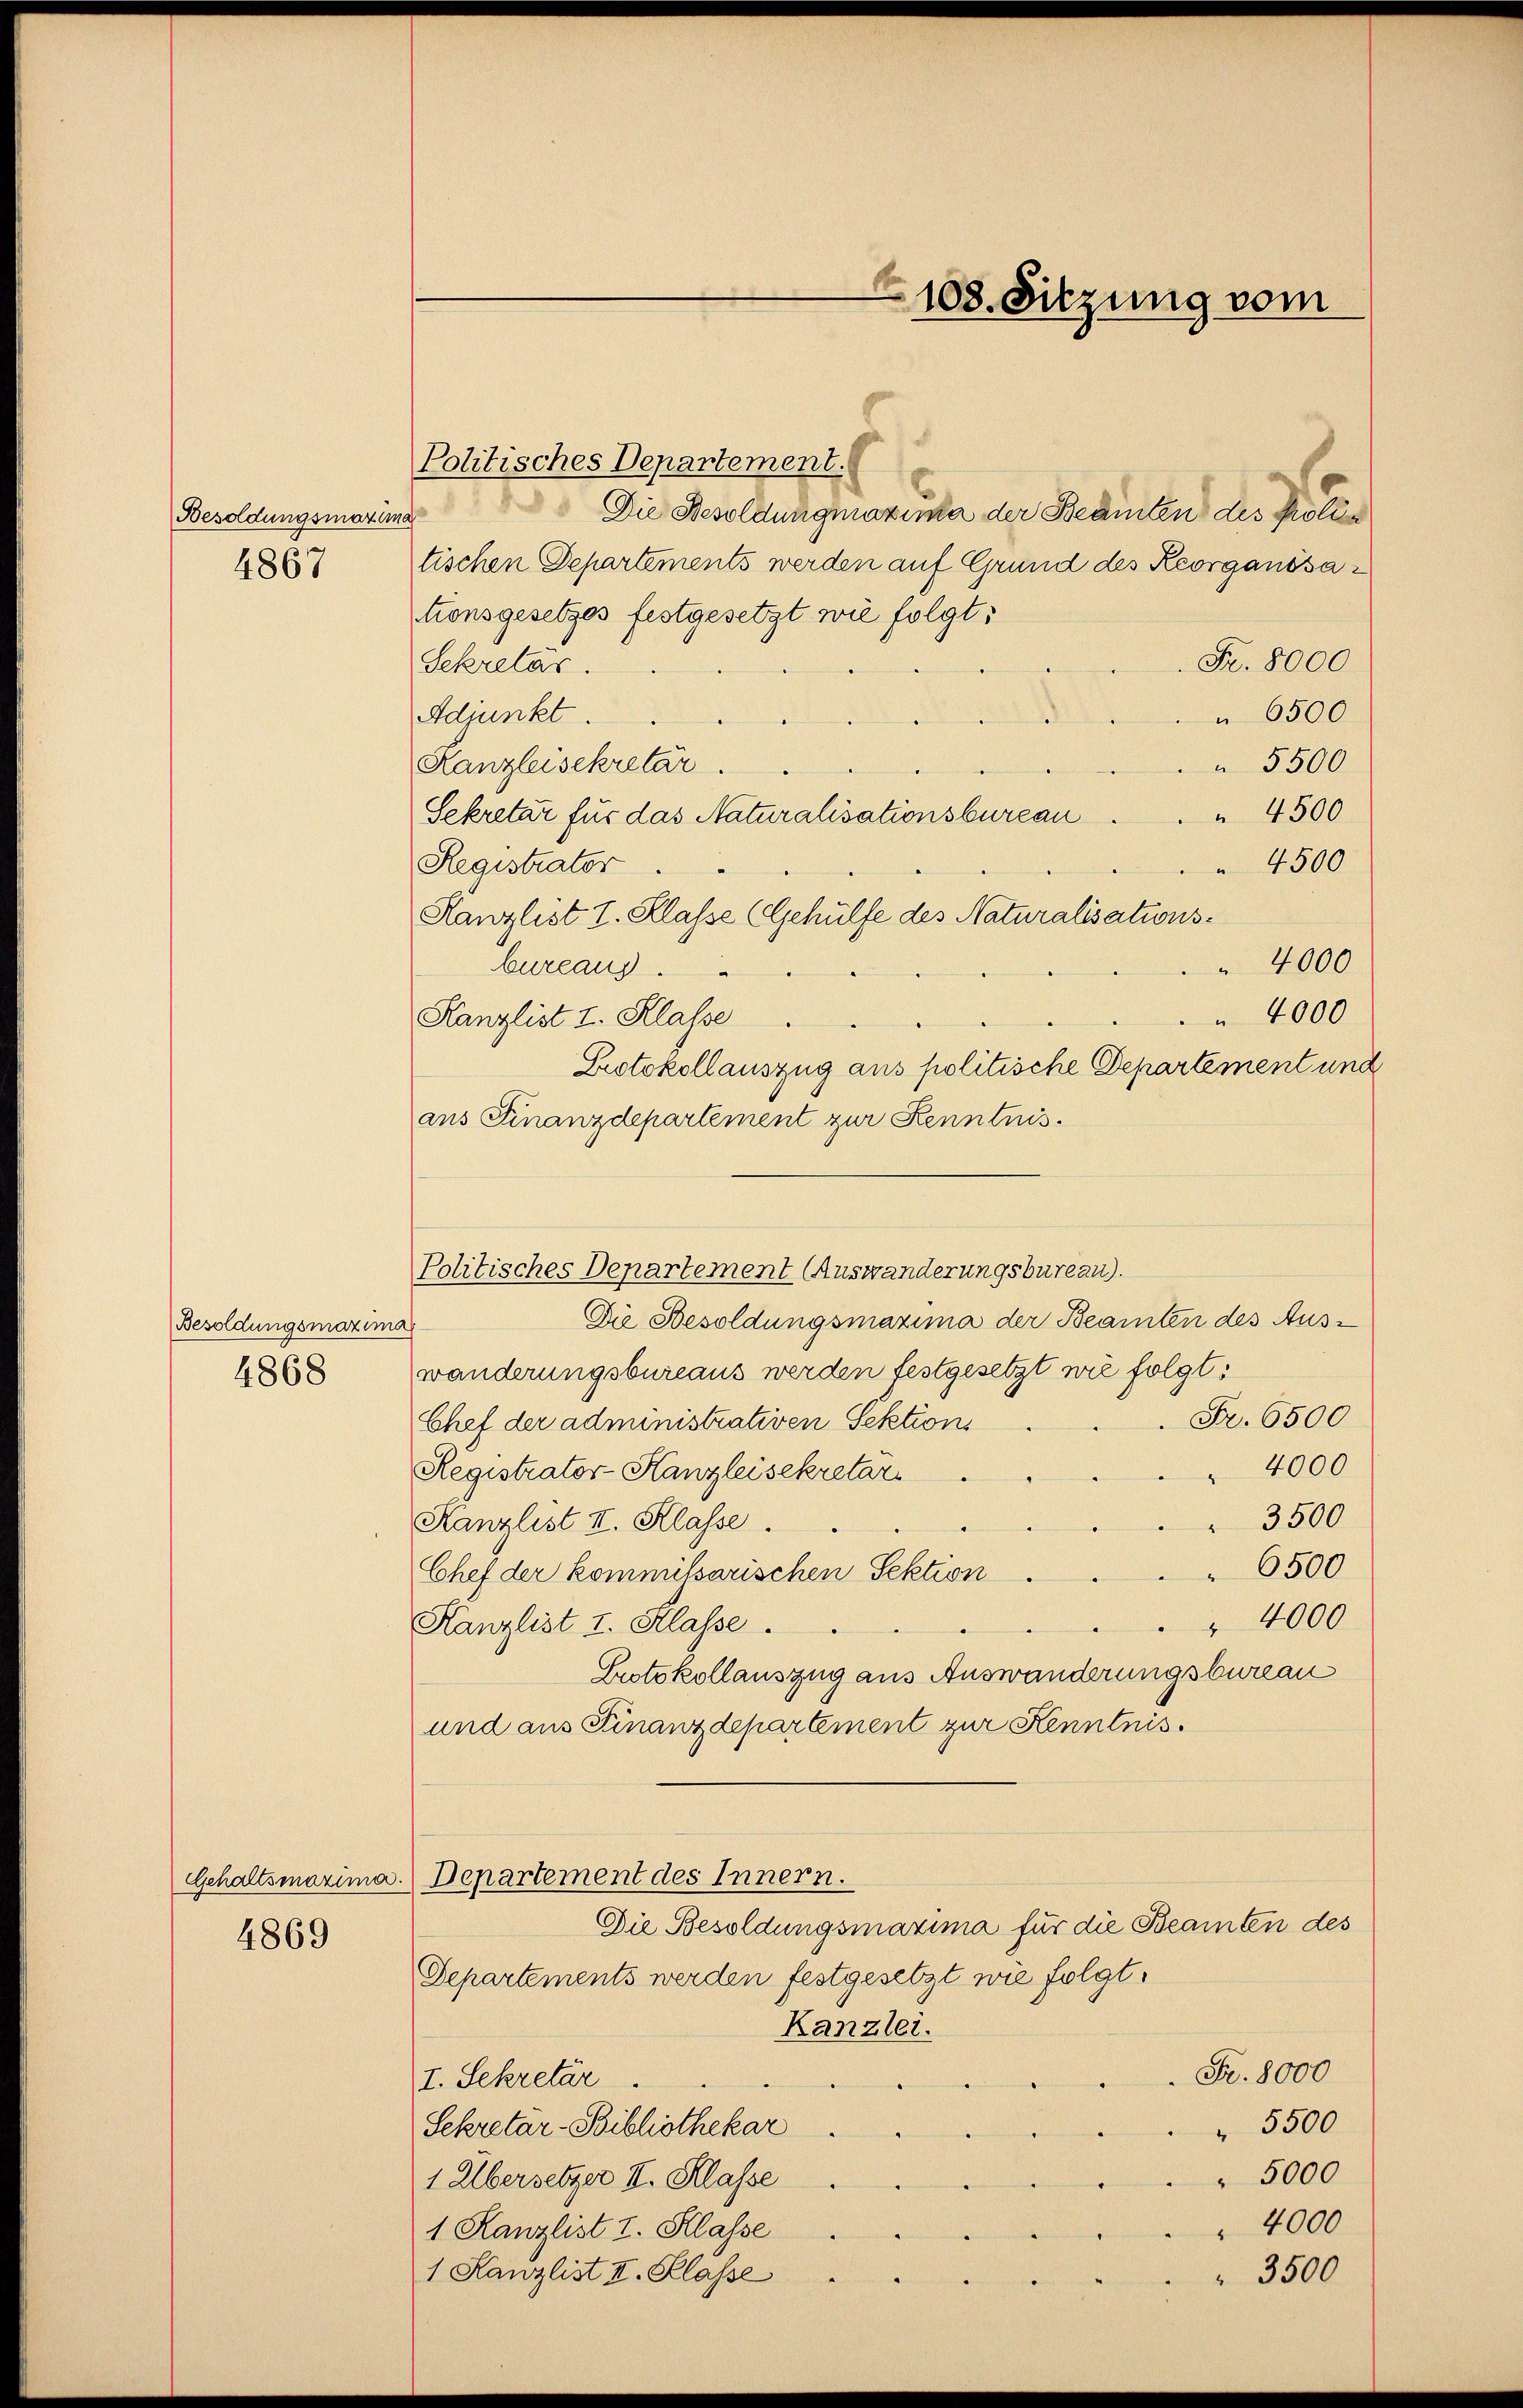
Besoldungsmaxima
4867

Besoldungsmaxima
4868

4869

g
Politisches Departement.
Die Besoldungmaxima der Beamten des Kolle
tischen Departements werden auf Grund des Reorganisationsgesetzes festgesetzt wie folgt:
Fr. 8000
Sekretär.
Adjunkt.
 6500
5500
Kanzleisekretär.
 4500
Sekretär für das Naturalisationsbureau
4500
Registrator
Kanzlist I. Klasse (Gehülfe des Naturalisations¬
 4000
bureaus.
 4000
Kanzlist I. Klasse
Protokollauszug aus politische Departement und
ans Finanzdepartement zur Kenntnis.
Politisches Departement Auswanderungsbureau).
Die Besoldungsmazima der Beamten des Aus-
wanderungsbureaus werden festgesetzt wie folgt:
Fr. 6500
Chef der administrativen Sektions
4000
Registrator-Kanzleisekretär
3500
Kanzlist II. Klasse.
6500
Chef der kommissarischen Sektion.
 4000
Kanzlist I. Klasse.
Protokollauszug aus Auswanderungsbureau
und aus Finanzdepartement zur Kenntnis.
GGehaltsmaxima. Departement des Innern.
Die Besoldungsmaxima für die Beamten des
Departements werden festgesetzt wie folgt.
Kanzlei.
Fr. 8000
I. Sekretär
Sekretär-Bibliothekar
" 5500
" 5000
1 Übersetzer II. Klasse
4000
1. Kanzlist I. Klasse
1 Kanzlist II. Klasse
3500

108. Sitzung vom